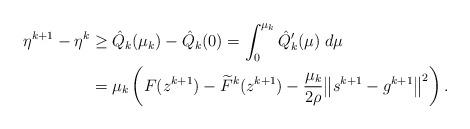
LaTeX: \begin{align*}\eta^{k+1} - \eta^k &\geq \hat{Q}_k({\mu}_k)-\hat{Q}_k(0) = \int^{{\mu}_k}_0 \hat{Q}'_k(\mu)\;d\mu \\&= {\mu}_k\left(F(z^{k+1}) - \widetilde{F}^k(z^{k+1}) - \frac{{\mu}_k}{2\rho}\big\|s^{k+1} - g^{k+1}\big\|^2\right).\end{align*}